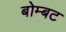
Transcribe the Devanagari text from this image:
बोम्बट